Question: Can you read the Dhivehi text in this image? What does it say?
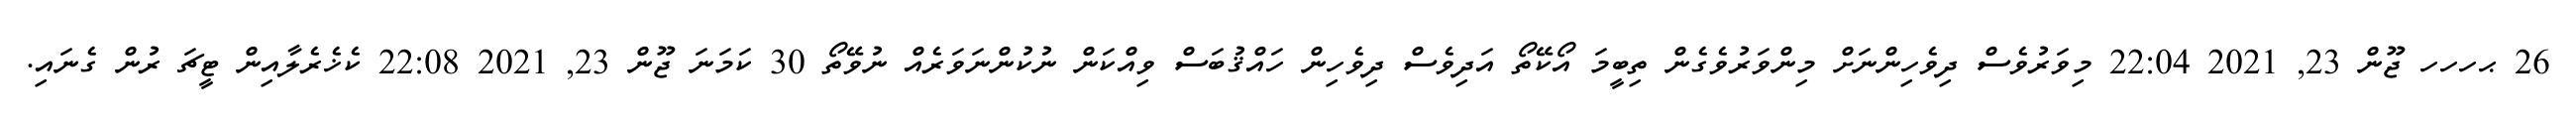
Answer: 26 ޙހހހ ޖޫން 23, 2021 22:04 މިވަރުވެސް ދިވެހިންނަށް މިންވަރުވެގެން ތިބީމަ އޯކޭތޯ އަދިވެސް ދިވެހިން ހައްޤުބަސް ވިއްކަން ނުކުންނަވަރެއް ނުވޭތޯ 30 ކަމަނަ ޖޫން 23, 2021 22:08 ކެޚެރެލާއިން ޓީޗަ ރުން ގެނައި.